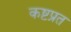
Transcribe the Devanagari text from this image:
कष्टप्रत